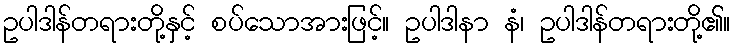
ဥပါဒါန်တရားတို့နှင့် စပ်သောအားဖြင့်။ ဥပါဒါနာ နံ၊ ဥပါဒါန်တရားတို့၏။